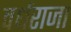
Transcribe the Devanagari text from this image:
वर्धराजा